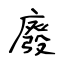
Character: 廢